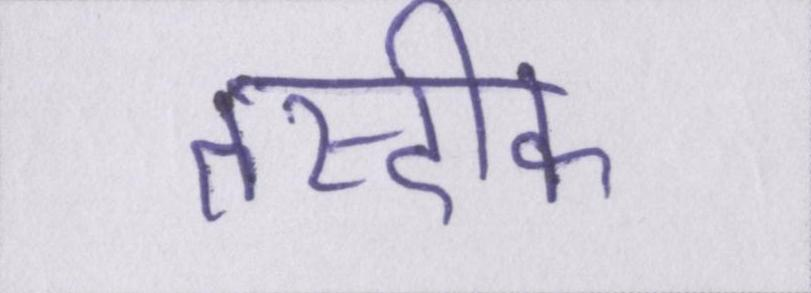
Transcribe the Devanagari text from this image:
तस्दीक